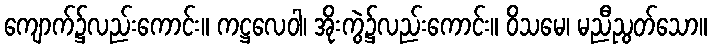
ကျောက်၌လည်းကောင်း။ ကဋ္ဌလေဝါ၊ အိုးကွဲ၌လည်းကောင်း။ ဝိသမေ၊ မညီညွတ်သော။